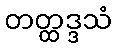
တတ္ထဒ္ဒသံ